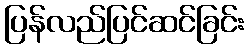
ပြန်လည်ပြင်ဆင်ခြင်း